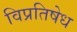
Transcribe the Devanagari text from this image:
विप्रतिषेध